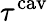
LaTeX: \tau^{\mathrm{cav}}